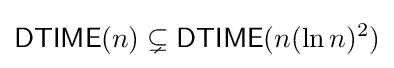
{\mathsf {DTIME}}(n)\subsetneq {\mathsf {DTIME}}(n(\ln n)^{2})